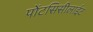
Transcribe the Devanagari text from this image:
पोंटसिसीलाईट